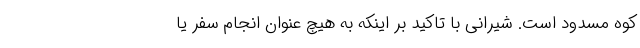
کوه مسدود است. شیرانی با تاکید بر اینکه به هیچ عنوان انجام سفر یا